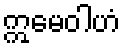
ဣမေဝါဟံ